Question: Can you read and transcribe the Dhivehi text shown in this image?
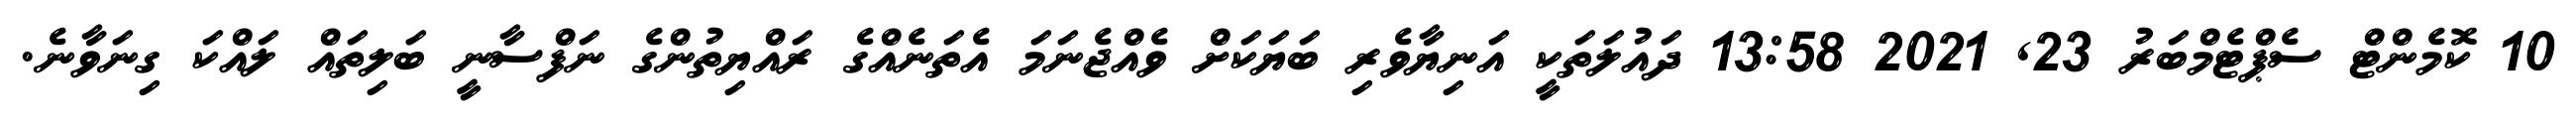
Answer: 10 ކޮމެންޓް ސެޕްޓެމްބަރު 23, 2021 13:58 ދައުލަތަކީ އަނިޔާވެރި ބަޔަކަށް ވެއްޖެނަމަ އެތަނެއްގެ ރައްޔިތުންގެ ނަފްސާނީ ބަލިތައް ލައްކަ ގިނަވާނެ.